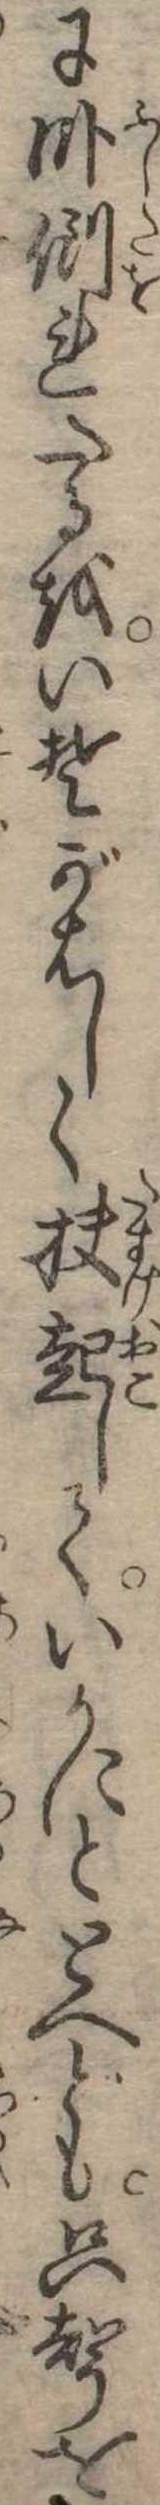
に臥倒れたるをいそがはしく扶起していかにととへども只声を